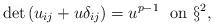
LaTeX: \begin{align*}\det\,(u_{ij}+u\delta_{ij})=u^{p-1} \ \mbox{ on }\S^2,\end{align*}